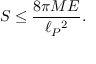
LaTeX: { \cal S } \leq { \frac { 8 \pi M E } { \ell _ { P } { } ^ { 2 } } } .